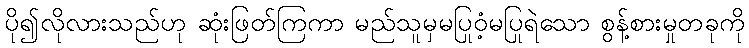
ပို၍လိုလားသည်ဟု ဆုံးဖြတ်ကြကာ မည်သူမှမပြုဝံ့မပြုရဲသော စွန့်စားမှုတခုကို